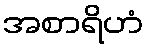
အစာရိဟံ